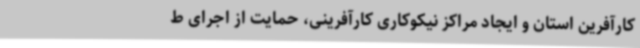
کارآفرین استان و ایجاد مراکز نیکوکاری کارآفرینی، حمایت از اجرای ط